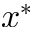
x ^ { * }